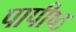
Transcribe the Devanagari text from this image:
पापीष्ठ